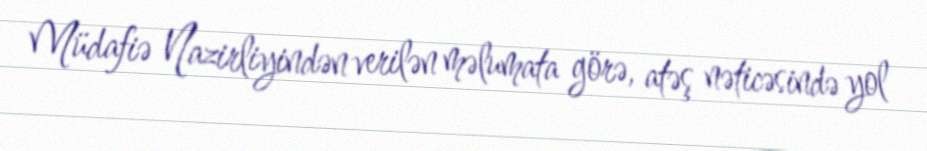
Müdafiə Nazirliyindən verilən məlumata görə, atəş nəticəsində yol